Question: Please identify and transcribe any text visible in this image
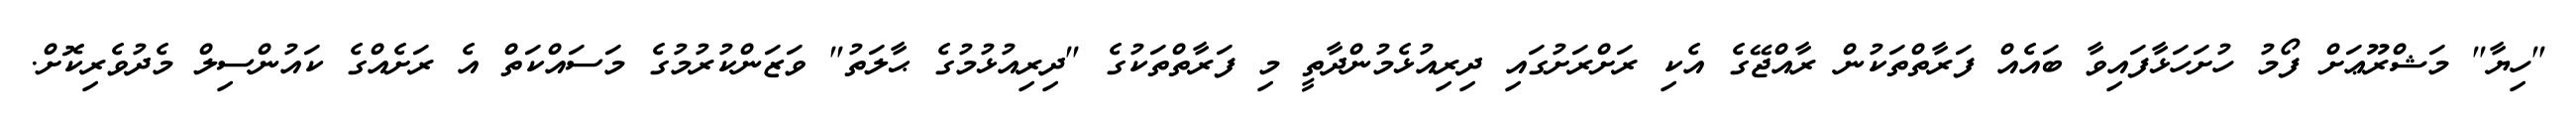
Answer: "ހިޔާ" މަޝްރޫޢަށް ފޯމު ހުށަހަޅާފައިވާ ބައެއް ފަރާތްތަކުން ރާއްޖޭގެ އެކި ރަށްރަށުގައި ދިރިއުޅެމުންދާތީ މި ފަރާތްތަކުގެ "ދިރިއުޅުމުގެ ޙާލަތު" ވަޒަންކުރުމުގެ މަސައްކަތް އެ ރަށެއްގެ ކައުންސިލް މެދުވެރިކޮށް.